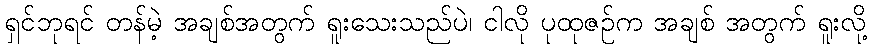
ရှင်ဘုရင် တန်မဲ့ အချစ်အတွက် ရူးသေးသည်ပဲ၊ ငါလို ပုထုဇဉ်က အချစ် အတွက် ရူးလို့